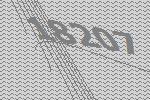
18207